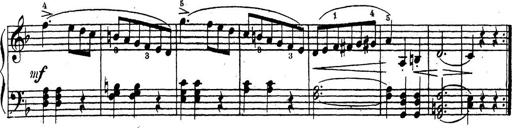
Title: 10 Sonatinas
Composer: Fritz Spindler